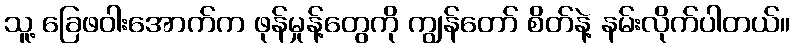
သူ့ ခြေဖဝါးအောက်က ဖုန်မှုန့်တွေကို ကျွန်တော် စိတ်နဲ့ နမ်းလိုက်ပါတယ်။